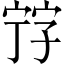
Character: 𡨸